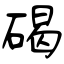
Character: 碣